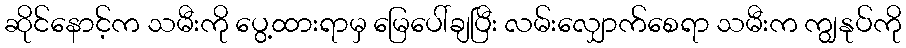
ဆိုင်နောင့်က သမီးကို ပွေ့ထားရာမှ မြေပေါ်ချပြီး လမ်းလျှောက်စေရာ သမီးက ကျွနုပ်ကို